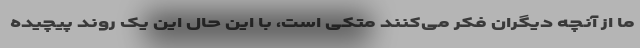
ما از آنچه دیگران فکر می‌کنند متکی است، با این حال این یک روند پیچیده